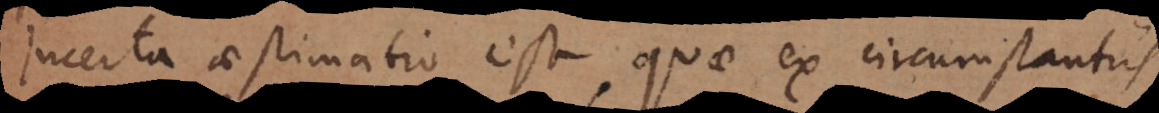
Incerta aestimatio est, quae ex circumstantiis